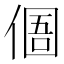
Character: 𠋼